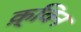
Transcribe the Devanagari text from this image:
क़्विन